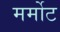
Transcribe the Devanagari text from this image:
मर्मोट